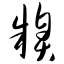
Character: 糗